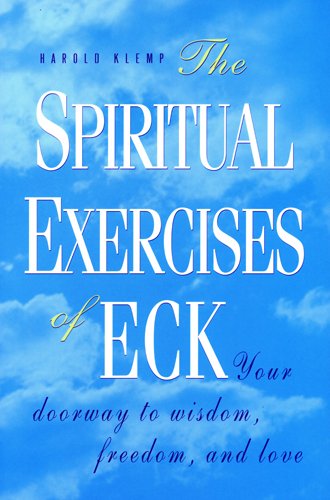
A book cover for The Spiritual Exercises of Eck: Your Doorway to Wisdom, Freedom, and Love; Harold Klemp; Religion & Spirituality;